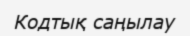
Кодтық саңылау